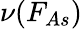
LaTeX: \nu(F_{As})